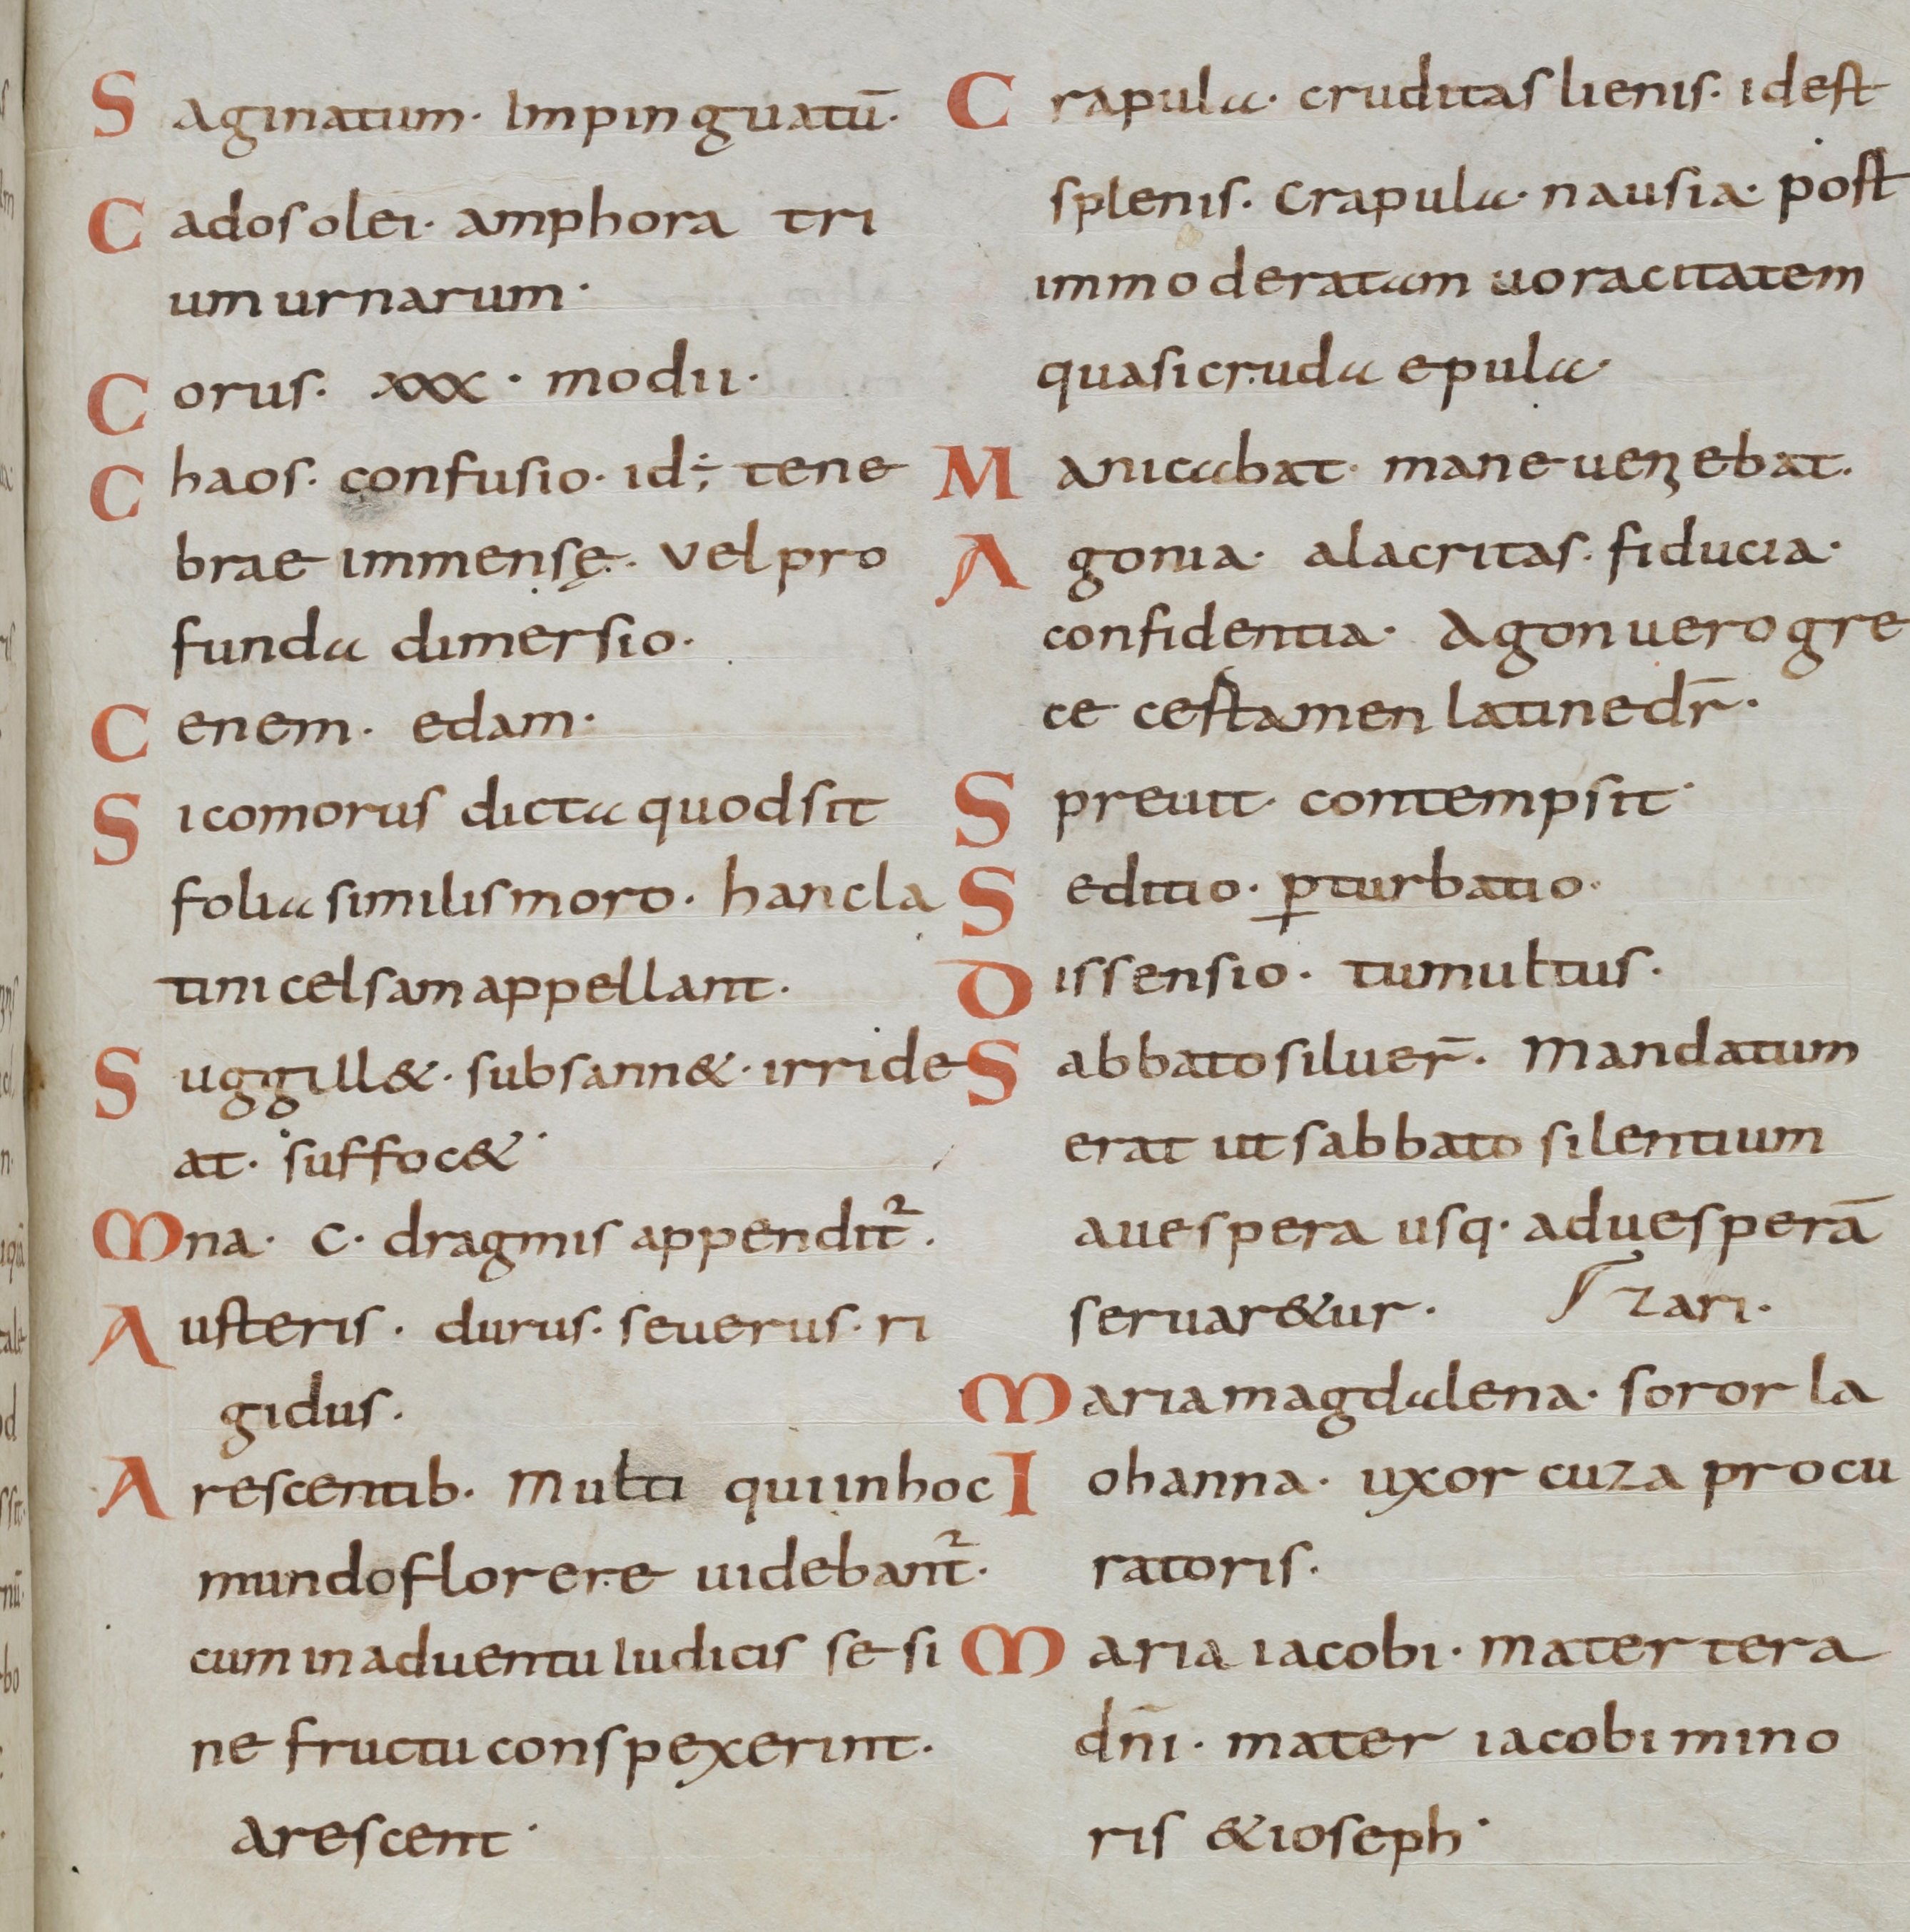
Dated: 800–899